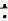
: